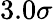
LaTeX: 3.0\sigma